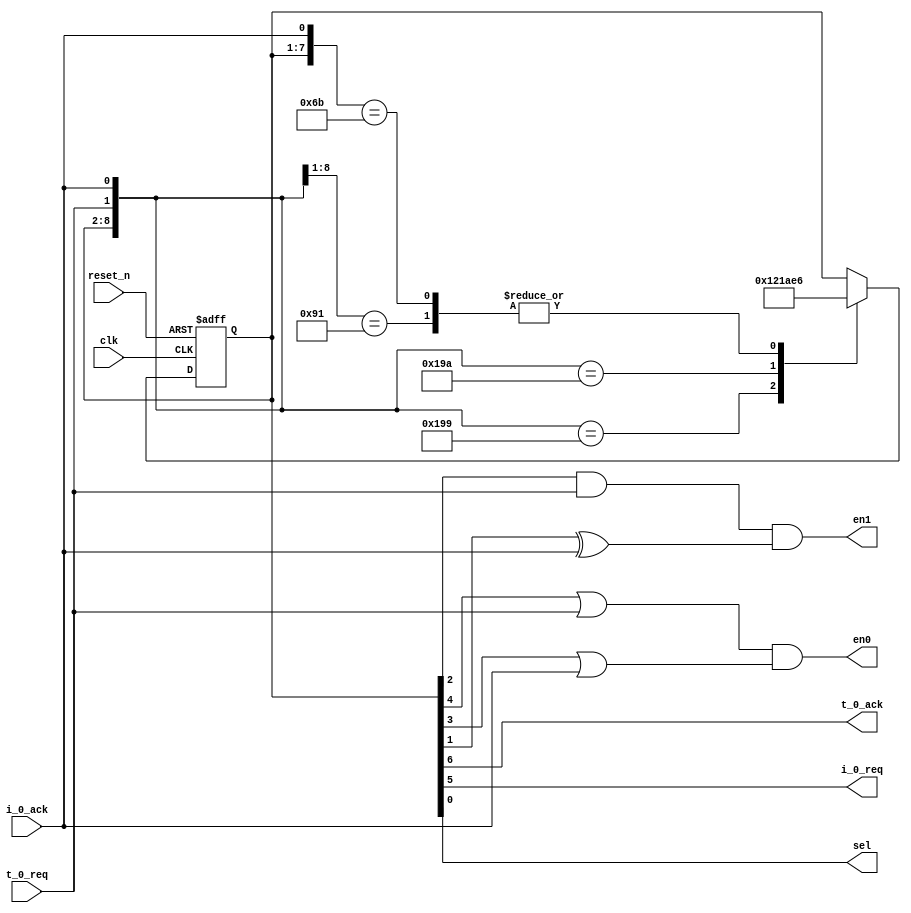
module eb17_ctrl #(
    parameter ZERO = 7'b1_0_01_00_0,
    parameter ONE  = 7'b1_1_00_11_0,
    parameter TWO  = 7'b0_1_10_10_1
) (
    input  t_0_req,
    output t_0_ack,
    output i_0_req,
    input  i_0_ack,
    output en0, en1, sel,
    input  clk, reset_n
);

// State machine
reg [6:0] state, state_nxt;

always @(posedge clk or negedge reset_n)
    if (~reset_n) state <= ZERO;
    else          state <= state_nxt;

//  state   d0  d1  t.ack   i.req   en0             en1             sel
//  ZERO    -   -   1       0       t.req           0               0       1_0_01_00_0
//  ONE     +   -   1       1       t.req & i.ack   t.req & ~i.ack  0       1_1_00_11_0
//  TWO     +   +   0       1               i.ack   t.req &  i.ack  1       0_1_10_10_1

always @*
    casez({state, t_0_req, i_0_ack})
        {ZERO, 2'b1?} : state_nxt = ONE;

        {ONE,  2'b01} : state_nxt = ZERO;
        {ONE,  2'b10} : state_nxt = TWO;

        {TWO,  2'b?1} : state_nxt = ONE;
        default         state_nxt = state;
    endcase

assign t_0_ack = state[6];
assign i_0_req = state[5];
assign en0 = (state[4] | t_0_req) & (state[3] | i_0_ack);
assign en1 = (state[2] & t_0_req) & (state[1] ^ i_0_ack);
assign sel = state[0];

endmodule